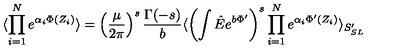
\langle \prod _ { i = 1 } ^ { N } e ^ { \alpha _ { i } \Phi ( Z _ { i } ) } \rangle = \left( \frac { \mu } { 2 \pi } \right) ^ { s } \frac { \Gamma ( - s ) } { b } \langle \left( \int \hat { E } e ^ { b \Phi ^ { \prime } } \right) ^ { s } \prod _ { i = 1 } ^ { N } e ^ { \alpha _ { i } \Phi ^ { \prime } ( Z _ { i } ) } \rangle _ { S _ { S L } ^ { \prime } }